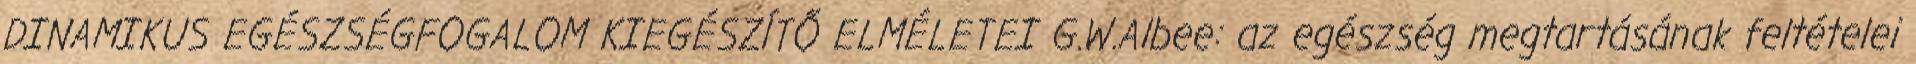
DINAMIKUS EGÉSZSÉGFOGALOM KIEGÉSZÍTŐ ELMÉLETEI G.W.Albee: az egészség megtartásának feltételei